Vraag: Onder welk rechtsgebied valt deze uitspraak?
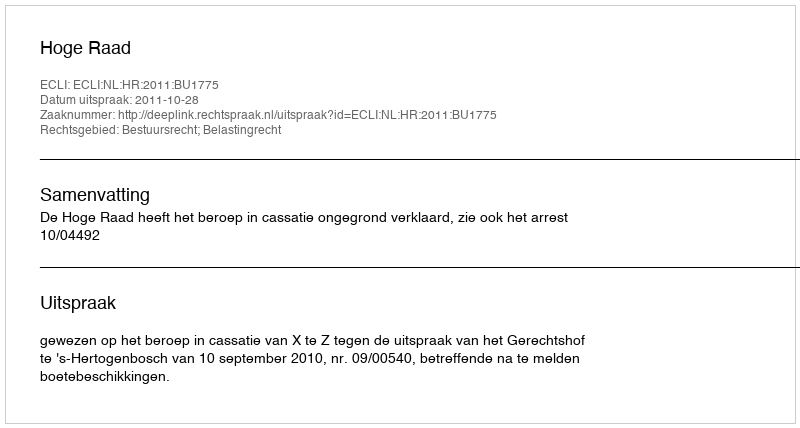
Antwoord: Bestuursrecht; Belastingrecht